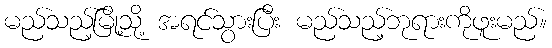
မည်သည့်မြို့သို့ အရင်သွားပြီး မည်သည့်ဘုရားကိုဖူးမည်။